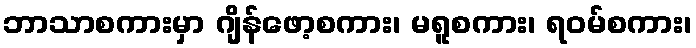
ဘာသာစကားမှာ ဂျိန်ဖော့စကား၊ မရူစကား၊ ရဝမ်စကား၊